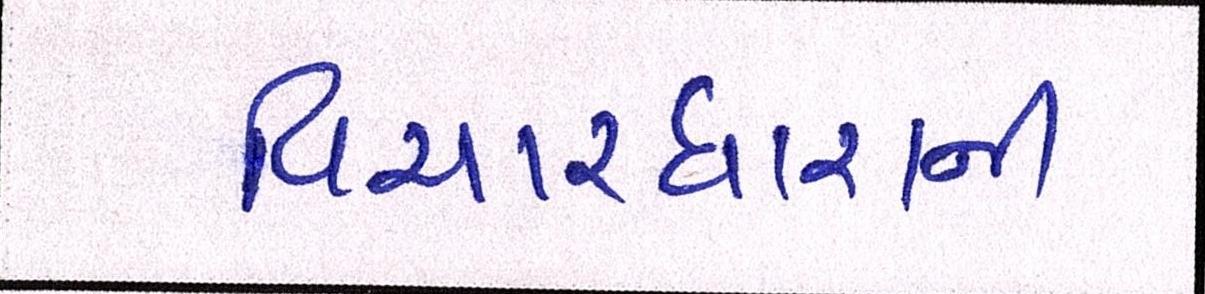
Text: વિચારધારાની